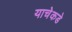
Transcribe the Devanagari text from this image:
याचेकडे